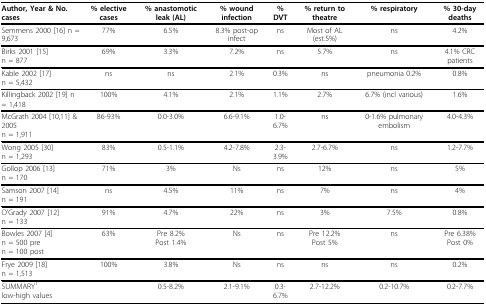
<table><thead><tr><td><b>Author, Year &amp; No. cases</b></td><td><b>% elective cases</b></td><td><b>% anastomotic leak (AL)</b></td><td><b>% wound infection</b></td><td><b>% DVT</b></td><td><b>% return to theatre</b></td><td><b>% respiratory</b></td><td><b>% 30-day deaths</b></td></tr></thead><tbody><tr><td>Semmens 2000 [16] n = 9,673</td><td>77%</td><td>6.5%</td><td>8.3% post-op infect</td><td>ns</td><td>Most of AL (est.5%)</td><td>ns</td><td>4.2%</td></tr><tr><td>Birks 2001 [15]n = 877</td><td>69%</td><td>3.3%</td><td>7.2%</td><td>ns</td><td>5.7%</td><td>ns</td><td>4.1% CRC patients</td></tr><tr><td>Kable 2002 [17]n = 5,432</td><td>ns</td><td>ns</td><td>2.1%</td><td>0.3%</td><td>ns</td><td>pneumonia 0.2%</td><td>0.8%</td></tr><tr><td>Killingback 2002 [19] n = 1,418</td><td>100%</td><td>4.1%</td><td>2.1%</td><td>1.1%</td><td>2.7%</td><td>6.7% (incl various)</td><td>1.6%</td></tr><tr><td>McGrath 2004 [10,11] &amp; 2005n = 1,911</td><td>86-93%</td><td>0.0-3.0%</td><td>6.6-9.1%</td><td>1.0-6.7%</td><td>ns</td><td>0-1.6% pulmonary embolism</td><td>4.0-4.3%</td></tr><tr><td>Wong 2005 [30]n = 1,293</td><td>83%</td><td>0.5-1.1%</td><td>4.2-7.8%</td><td>2.3-3.9%</td><td>2.7-6.7%</td><td>ns</td><td>1.2-7.7%</td></tr><tr><td>Gollop 2006 [13]n = 170</td><td>71%</td><td>3%</td><td>Ns</td><td>ns</td><td>12%</td><td>ns</td><td>5%</td></tr><tr><td>Samson 2007 [14]n = 191</td><td>ns</td><td>4.5%</td><td>11%</td><td>ns</td><td>7%</td><td>ns</td><td>4%</td></tr><tr><td>O&#x27;Grady 2007 [12]n = 133</td><td>91%</td><td>4.7%</td><td>22%</td><td>ns</td><td>3%</td><td>7.5%</td><td>0.8%</td></tr><tr><td>Bowles 2007 [4]n = 500 pren = 100 post</td><td>63%</td><td>Pre 8.2%Post 1.4%</td><td>Ns</td><td>ns</td><td>Pre 12.2%Post 5%</td><td>ns</td><td>Pre 6.38%Post 0%</td></tr><tr><td>Frye 2009 [18]n = 1,513</td><td>100%</td><td>3.8%</td><td>Ns</td><td>ns</td><td>ns</td><td>ns</td><td>0.2%</td></tr><tr><td>SUMMARY<sup>1</sup>low-high values</td><td></td><td>0.5-8.2%</td><td>2.1-9.1%</td><td>0.3-6.7%</td><td>2.7-12.2%</td><td>0.2-10.7%</td><td>0.2-7.7%</td></tr></tbody></table>